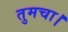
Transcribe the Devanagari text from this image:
तुमचा।